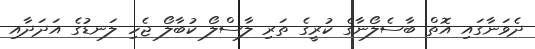
ދެވަނާގައި އޮތް ބާސެލޯނާގެ ކުރީގެ ތަރި ލާސްލޯ ކުބާލޯ ޖެހި ލަނޑުގެ އަދަދާއި